Annual administration and progress report of the Indian Medical Department, Bombay
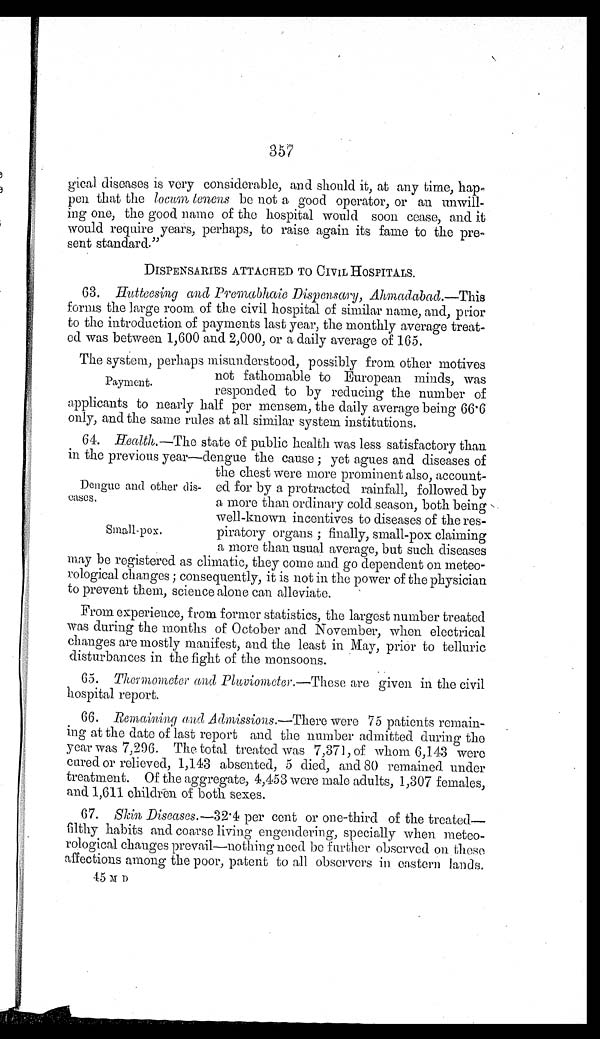
357
gical. diseases is very considerable, and should it, at any time, hap
- p e n t h a t t h e
l o c u m t e n e n s
b e
n o t
a good operator, or an unwill
- i n g o n e , t h e g o o d n a m e o f t h e h o s p i t a l w o u l d s o o n c e a s e , a n d i t
would require years, perhaps, to raise again its fame to the pre
- s e n t s t a n d a r d . "
DISPENSARIES ATTACHED TO CIVIL HOSPITALS.
63. Hutteesing and Premabhaie Dispensary, Ahmadabad.— This
forms the large room of the civil hospital of similar name, and, prior
to the introduction of payments last year, the monthly average treat
- e d w a s b e t w e e n 1 , 6 0 0 a n d 2 , 0 0 0 , o r a d a i l y a v e r a g e o f 1 6 5 .
The system, perhaps misunderstood, possibly from other motives
not fathomable to European minds, was
responded to by reducing the number of
applicants to nearly half per mensem, the daily average being 66.6
only, and the same rules at all similar system institutions.
64.
Health.—The state of public health was less satisfactory than
in the previous year—dengue the cause ; yet agues and diseases of
the chest were more prominent also, account-
ed for by a protracted rainfall, followed by
a more than ordinary cold season, both being
well-known incentives to diseases of the res
-piratory organs ; finally, small-pox claiming
a more than usual average, but such diseases
may be registered as climatic they come and go dependent on meteo-
rological changes ; consequently, it is not in the power of the physician
to prevent them, science alone can alleviate.
From experience, from former statistics, the largest number treated
was during the months of October and November, when electrical
changes are mostly manifest, and the least in May, prior to telluric
disturbances in the fight of the monsoons.
65. Thermometer and Pluviometer. —These are given in the civil
hospital report.
66. Remaining and Admissions.—There were 75 patients remain-
ing at the date of last report and the number admitted during the
year was 7,206. The total treated was 7,371, of whom 6,143 were
cared or relieved, 1,143 absented, 5 died, and 80 remained under
treatment. Of the aggregate, 4,453 were male adults, 1,307 females,
and 1,611 children of both sexes.
67. Skin Diseases.—32.4 per cent or one-third of the treated—
filthy habits and coarse living engendering, specially when meteo
- r o l o g i c a l c h a n g e s p r e v a i l — n o t h i n g n e e d b e f a r t h e r o b s e r v e d o nt
h e s e
affections among the poor, patent to all. observers in eastern lands.
45 M D
Payment.
Dengue and other dis-
eases.
Small-pox.